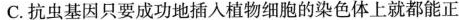
C.抗虫基因只要成功地插入植物细胞的染色体上就都能正